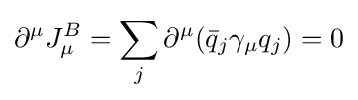
\partial ^{\mu }J_{\mu }^{B}=\sum _{j}\partial ^{\mu }({\bar {q}}_{j}\gamma _{\mu }q_{j})=0